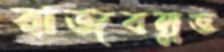
রাজবল্লভ